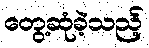
တွေ့ဆုံခဲ့သည့်